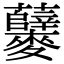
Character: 𪎃